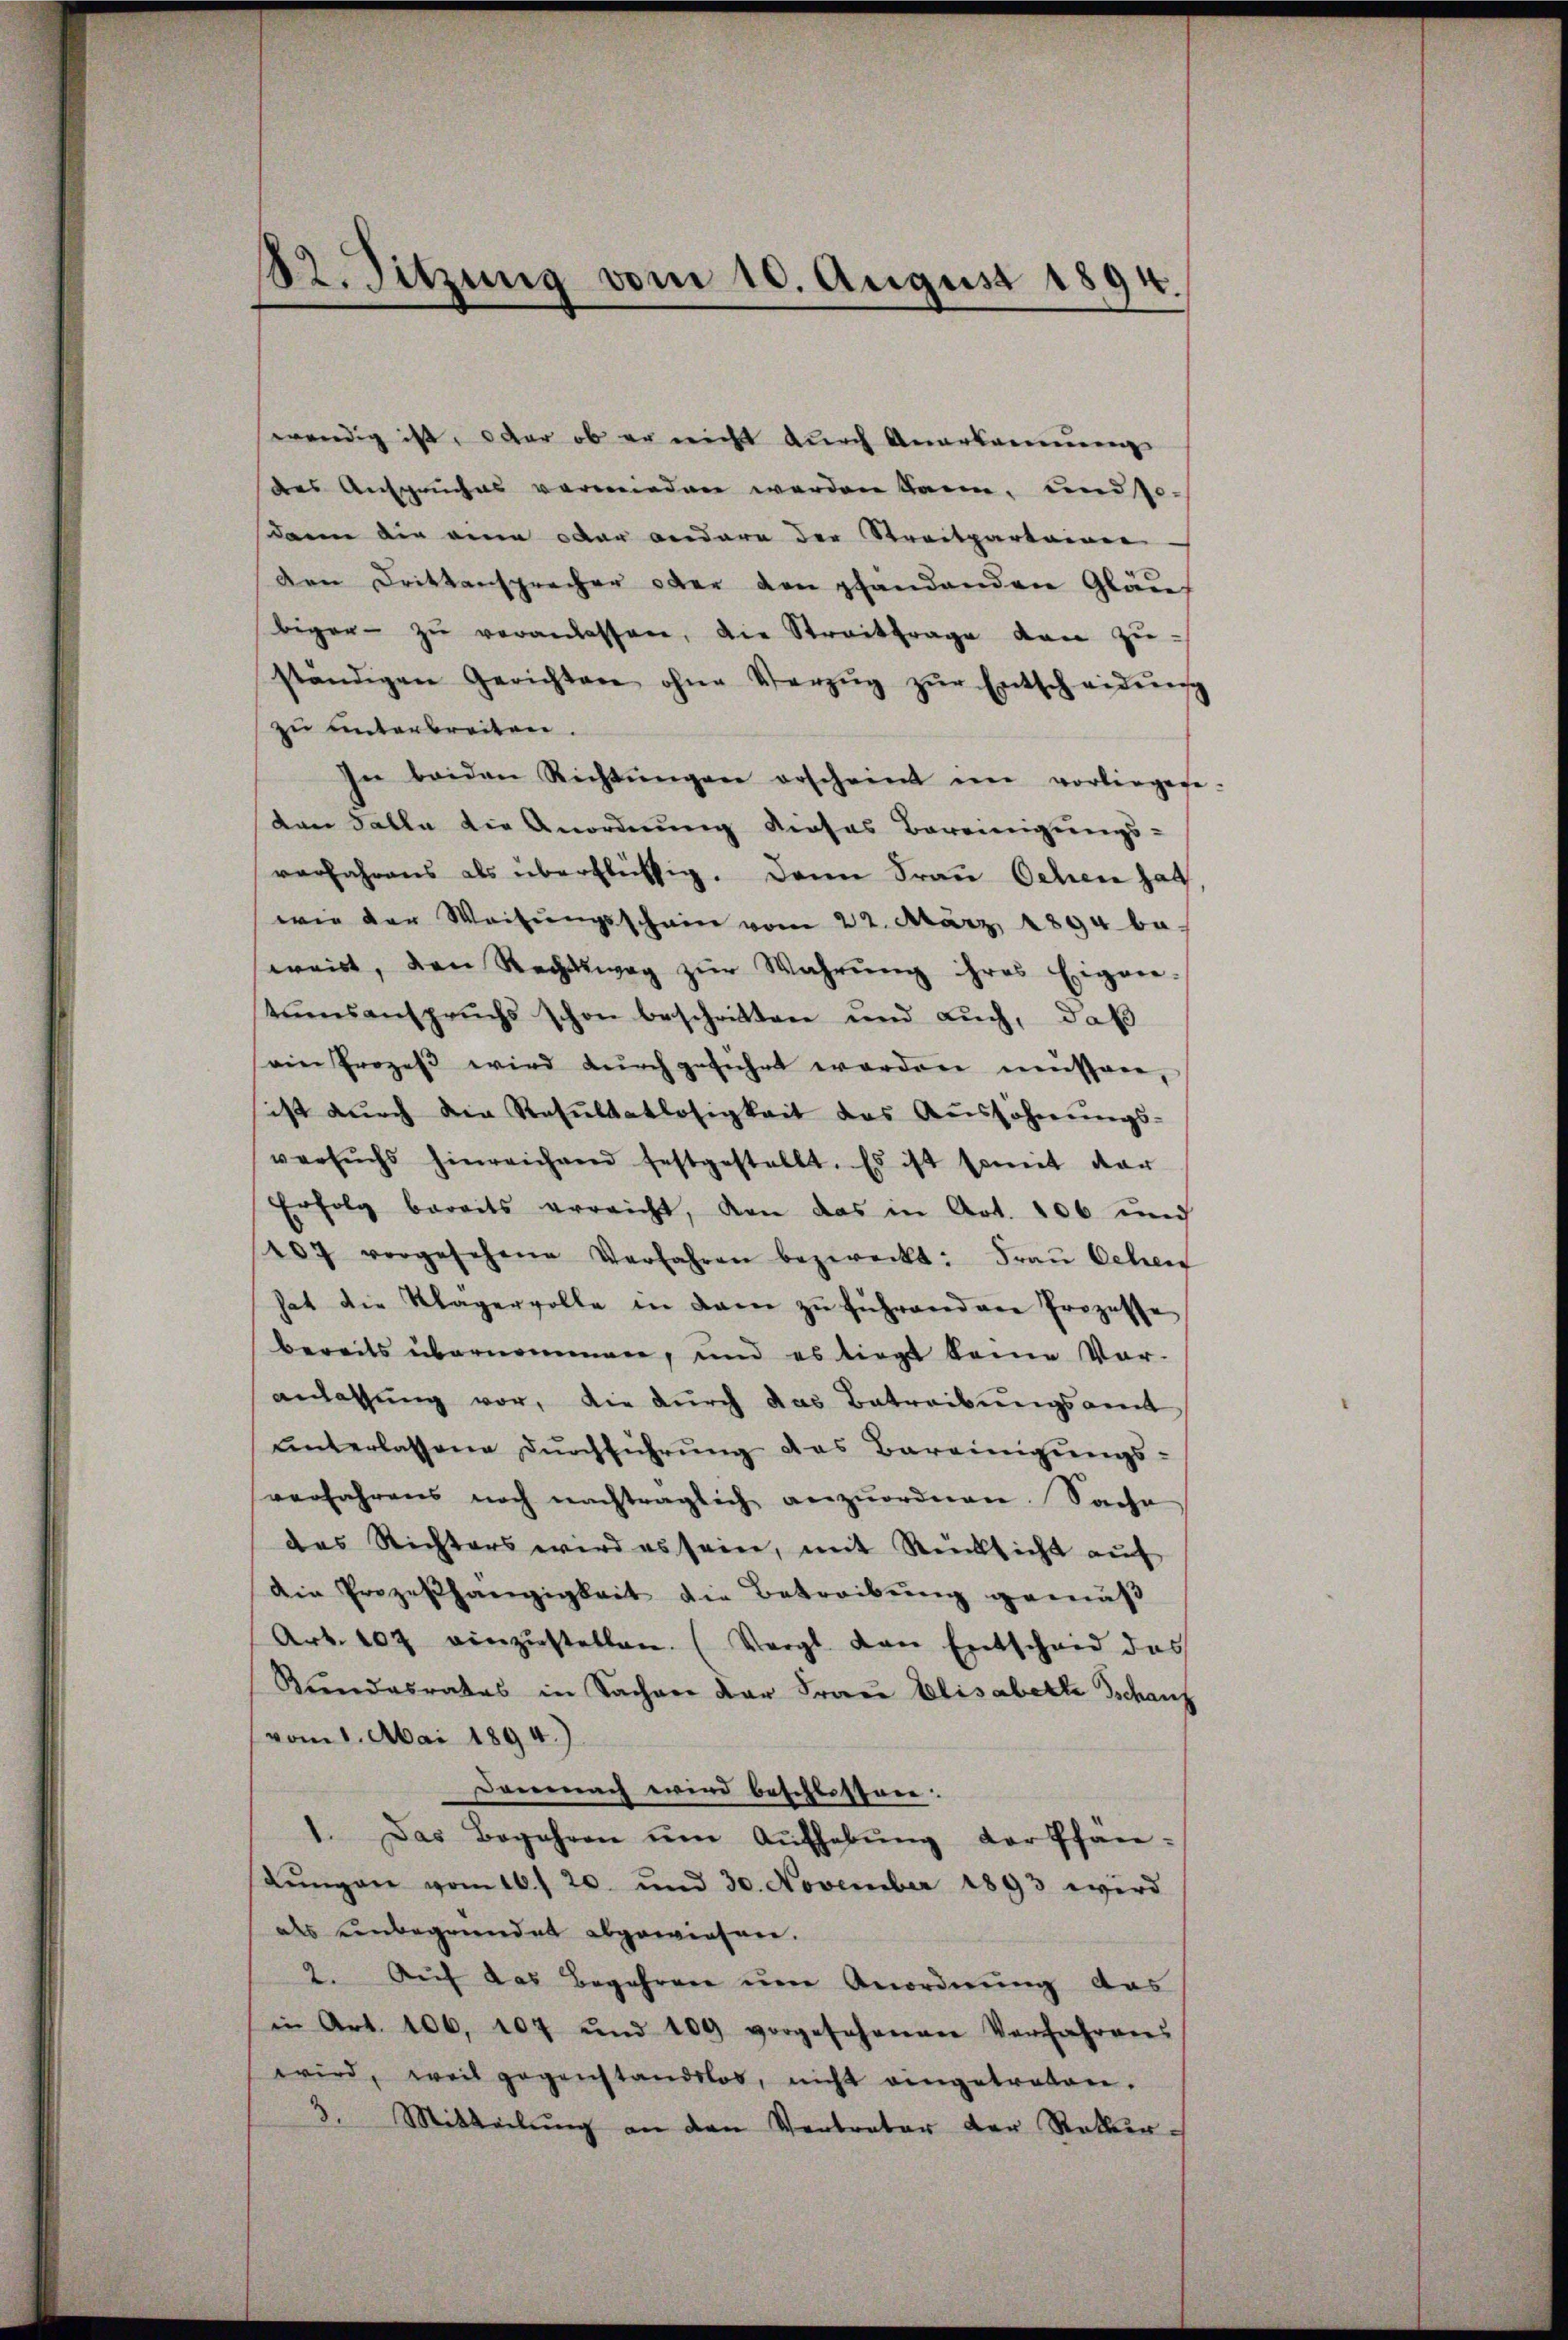
82. Sitzung vom 10. August 1894.

wendig ist, der ob er nicht durch Anerkennung
des Anspruches verwieden werden kann, und so
dann die eine oder andere der Streitpartainie
Den Drittansprecher oder den phandenden Gläu
biger zŭ veranlassen, die Streitfrage den zŭ-
ständigen Gerichten ohne Verzŭg zŭr Entscheidŭng
zu unterbreiten.
In beiden Richtŭngen erscheint im vorliegese-
dan Falle die Anordnung dieses Bereinigungs-
verfahrens als überflüssig. Dann Frau Schen hat.
wie der Weisungsschein vom 22. März 1894 be
weist, den Rechtsweg zŭr Wahrŭng ihres Eigen-
stumsanspruchs schon beschritten und auch, daß
sein Prozeβ wird dŭrchgeführt worden müssen,
sist dŭrch die Resŭltatlosigkeit das Aŭssöhnŭngs-
versŭchs hinreichend festgestellt. Es ist somit dar
Erfolg bereits erreicht, von das in Art. 106 und
107 vorgesehene Verfahren bezweckt: Fraŭ Oehen
hat die Klagervolle in dan zŭ führend an Prozesse
bereits übernommen, und es liegt keine Vor-
anlassung vor, die durch das Betreibungsamt
unterlassene Durchführung das Bareinigungs-
verfahrens noch nachträglich anzŭordnen. Sache
des Richters wird es sein, mit Rücksicht auf
Die Prozeßhängigkeit die Betreibung gemäß
Art. 107 einzŭstellen. (Vergl. von Entscheid das
Kundesrates in Sacher der Frau Elisabette Tschanz
vom 1. Mai 1894.)
Demnach wird beschlossene.
1. Das Begehren ŭm Aŭfhebŭng der Pfan
dŭngen vom 16. 20. und 30. November 1893 wird
als einbegründet abgewiesen.
2. Auf das Begehren um Anordnung das
in Art. 106, 107 und 109 vorgesehenen Verfahrens
wird, weil gegenstandslos, nicht eingetreten.
3. Mitteilung an den Vertreter der Rekur¬